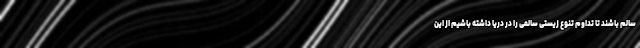
سالم باشند تا تداوم تنوع زیستی سالمی را در دریا داشته باشیم از این